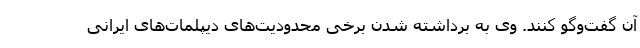
آن گفت‌وگو کنند. وی به برداشته شدن برخی محدودیت‌های دیپلمات‌های ایرانی